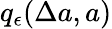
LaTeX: q_{\epsilon}(\Delta a,a)